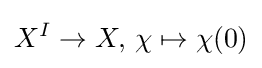
X^{I}\to X,\,\chi \mapsto \chi (0)